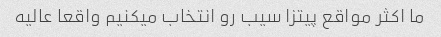
ما اکثر مواقع پیتزا سیب رو انتخاب میکنیم واقعا عالیه